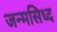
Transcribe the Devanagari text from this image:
जन्मसिध्द